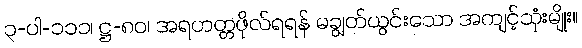
၃-ပါ-၁၁၁၊ ဋ္ဌ-၈၀၊ အရဟတ္တဖိုလ်ရရန် မချွတ်ယွင်းသော အကျင့်သုံးမျိုး။